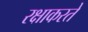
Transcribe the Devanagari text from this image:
रक्षाकरते